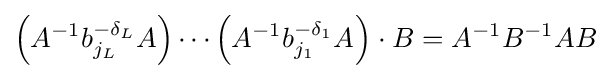
\left(A^{-1}b_{j_{L}}^{-\delta _{L}}A\right)\cdots \left(A^{-1}b_{j_{1}}^{-\delta _{1}}A^{}\right)\cdot B=A^{-1}B^{-1}AB